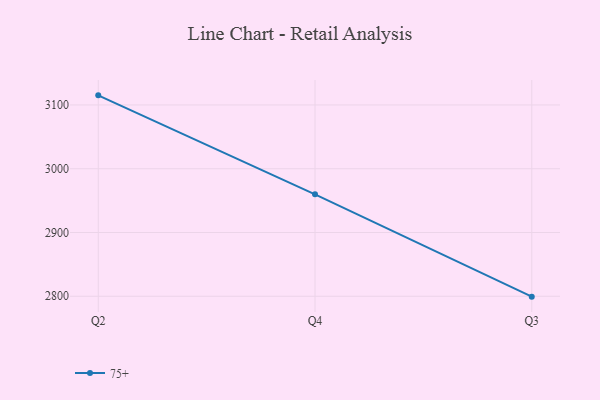
{"axis": {"x": "Quarter", "y": "Market Share (%)"}, "legend": ["75+"], "data": [{"x": "Q2", "y": 3115.1, "type": "75+"}, {"x": "Q4", "y": 2959.9, "type": "75+"}, {"x": "Q3", "y": 2799.4, "type": "75+"}]}